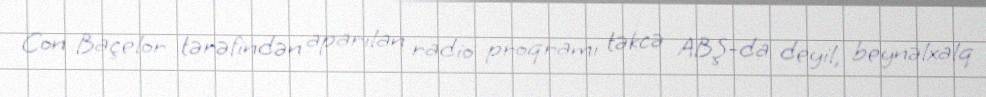
Con Baçelor tərəfindən aparılan radio proqramı təkcə ABŞ-da deyil, beynəlxalq